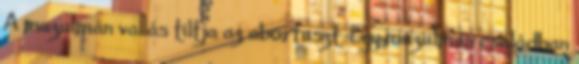
A muzulmán vallás tiltja az abortuszt. Egy muzulmán családban